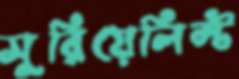
সুরিয়েলিস্ট